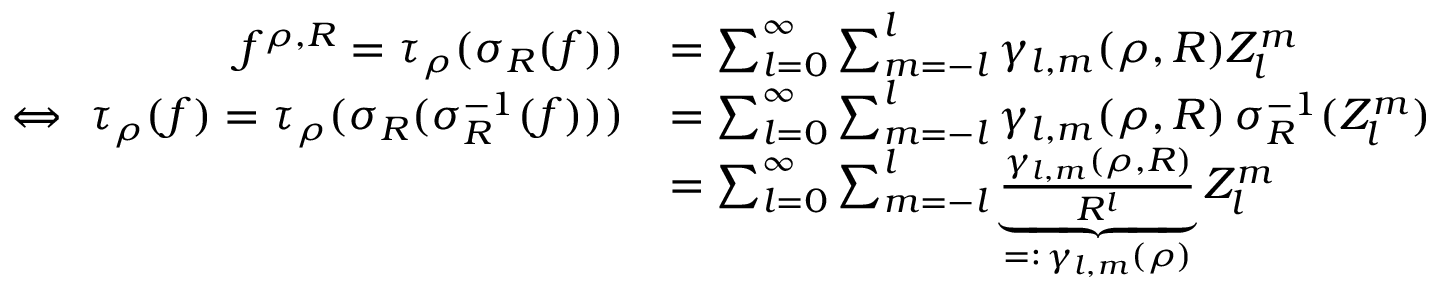
\begin{array} { r l } { f ^ { { \boldsymbol \rho } , R } = \tau _ { \boldsymbol \rho } ( \sigma _ { R } ( f ) ) } & { = \sum _ { l = 0 } ^ { \infty } \sum _ { m = - l } ^ { l } \gamma _ { l , m } ( { \boldsymbol \rho } , R ) Z _ { l } ^ { m } } \\ { \Leftrightarrow ~ \tau _ { \boldsymbol \rho } ( f ) = \tau _ { \boldsymbol \rho } ( \sigma _ { R } ( \sigma _ { R } ^ { - 1 } ( f ) ) ) } & { = \sum _ { l = 0 } ^ { \infty } \sum _ { m = - l } ^ { l } \gamma _ { l , m } ( { \boldsymbol \rho } , R ) \, \sigma _ { R } ^ { - 1 } ( Z _ { l } ^ { m } ) } \\ & { = \sum _ { l = 0 } ^ { \infty } \sum _ { m = - l } ^ { l } \underbrace { \frac { \gamma _ { l , m } ( { \boldsymbol \rho } , R ) } { R ^ { l } } } _ { = : \, \gamma _ { l , m } ( { \boldsymbol \rho } ) } Z _ { l } ^ { m } } \end{array}